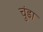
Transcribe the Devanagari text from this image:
चुंडा